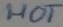
Text: HOT